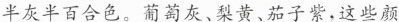
半灰半百合色。葡萄灰、梨黄、茄子紫，这些颜